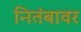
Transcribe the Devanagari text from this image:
नितंबावर